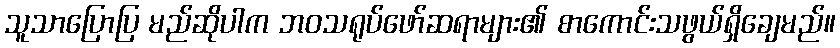
သူသာပြောပြ မည်ဆိုပါက ဘဝသရုပ်ဖော်ဆရာများ၏ စာကောင်းသဖွယ်ရှိချေမည်။